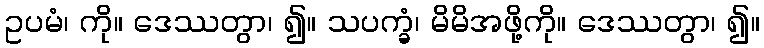
ဥပမံ၊ ကို။ ဒေဿတွာ၊ ၍။ သပက္ခံ၊ မိမိအဖို့ကို။ ဒေဿတွာ၊ ၍။